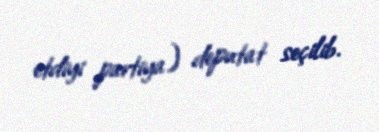
etdiyi partiya) deputat seçilib.